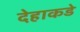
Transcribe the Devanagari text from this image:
देहाकडे